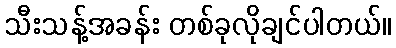
သီးသန့်အခန်း တစ်ခုလိုချင်ပါတယ်။